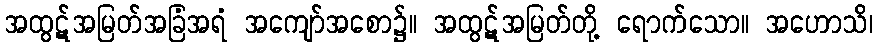
အထွဋ်အမြတ်အခြံအရံ အကျော်အစော၌။ အထွဋ်အမြတ်တို့ ရောက်သော။ အဟောသိ၊